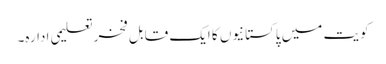
کویت میں پاکستانیوں کا ایک قابل فخرتعلیمی ادارہ۔